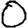
Digit: 0